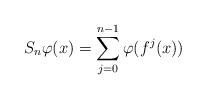
LaTeX: \begin{align*} S_n \varphi (x) = \sum\limits_{j=0}^{n-1} \varphi(f^j(x)) \end{align*}